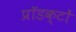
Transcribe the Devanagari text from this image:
प्रॉडक्टों